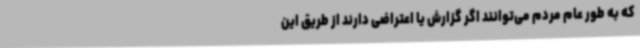
که به طور عام مردم می‌توانند اگر گزارش یا اعتراضی دارند از طریق این